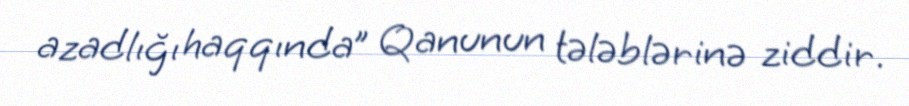
azadlığı haqqında” Qanunun tələblərinə ziddir.